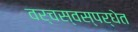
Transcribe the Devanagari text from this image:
वर्चस्वस्पर्धेत